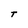
Character: T